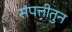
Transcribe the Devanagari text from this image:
संपत्तीतुन